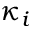
\kappa _ { i }